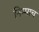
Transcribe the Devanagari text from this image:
निम्माच